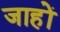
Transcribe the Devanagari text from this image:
जाहों